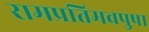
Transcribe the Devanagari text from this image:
रामप्रतिमवपुषा